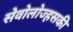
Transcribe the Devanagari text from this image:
सेवोलोज्हसकी